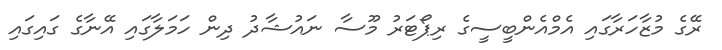
ރޭގެ މުޒާހަރާގައި އެމްއެންބީސީގެ ރިޕޯޓަރު މޫސާ ނައުޝާދު ދިން ހަމަލާގައި އޭނާގެ ގައިގައި